Vital statistics of India. Vol. IV, Annual returns from 1871 to 1876. British Army of India, Native Army and jails of Bengal
Year: 1871
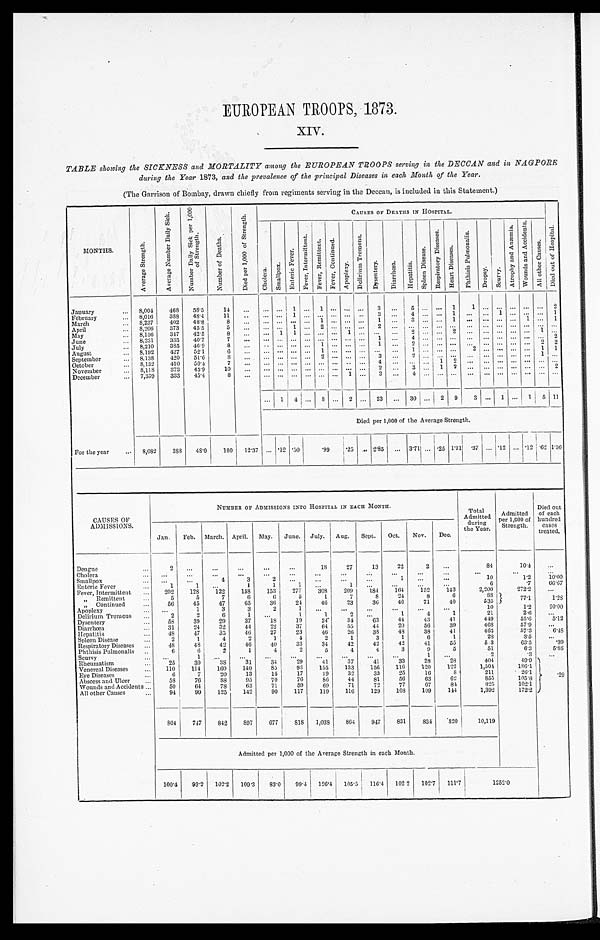
EUROPEAN TROOPS, 1873.
XIV.
TABLE showing the SICKNESS and MORTALITY among the EUROPEAN TROOPS serving in the DECCAN and in NAGPORE
during the Year 1873, and the prevalence of the principal Diseases in each Month of the Year.
(The Garrison of Bombay, drawn chiefly from regiments serving in the Deccan, is included in this Statement.)
M O N T H S .
A v e r a g e S t r e n g t h .
A v e r a g e N u m b e r D a i l y S i c k .
N u m b e r D a i l y S i c k p e r 1 , 0 0 0 o f S t r e n g t h .
N u m b e r o f D e a t h s .
D i e d p e r 1 , 0 0 0 o f S t r e n g t h .
C A U S E S O F D E A T H S I N H O S P I T A L .
C h o l e r a .
S m a l l p o x .
E n t e r i c F e v e r .
F e v e r , I n t e r m i t t e n t .
F e v e r , R e m i t t e n t .
F e v e r , C o n t i n u e d .
A p o p l e x y .
D e l i r i u m T r e m e n s .
D y s e n t e r y . D i a r r h œ a .
H e p a t i t i s .
S p l e e n Di s s e a s e .
R e s p i r a t o r y D i s e a s e s .
H e a r t D i s e a s e s .
P h t h i s i s P u l m o n a l i s .
D r o p s y .
S c u r v y .
A t r o p h y a n d A n æ m i a .
W o u n d s a n d A c c i d e n t s .
A l l o t h e r C a u s e s .
D i e d o u t o f H o s p i t a l .
January . . .
8,004
468
58.5
1 4
. . .
. . .
. . .
1
. . . 1
. . .
. . .
. . .
3
. . .
5 . . .
. . . 1 1
. . .
. . .
. . .
. . . . . .
2
February . . .
8,016
388
4 8 . 4
1 1
. . .
. . .
. . .
1
. . . . . .
. . .
. . .
. . .
3
. . .
4 . . .
. . . 1 . . .
. . .
1 . . .
. . . . . .
1
March . . .
8, 237
402
48.8
8
. . .
. . .
. . .
. . .
. . . 1
. . .
. . .
. . .
1
. . .
3 . . .
. . . 1 . . .
. . .
. . .
. . .
1 . . .
1
April . . .
8,206
373
45.5
5
. . .
. . .
. . .
1
. . . 2
. . .
. . .
. . .
2
. . .
. . .
. . .
. . . . . . . . .
. . .
. . .
. . .
. . . . . .
. . .
May . . .
8,156
347
42.5
8
. . .
. . .
1
1
. . . . . .
. . .
1
. . .
. . .
. . .
2 . . .
. . . 2 . . .
. . .
. . .
. . .
. . . 1
. . .
June . . .
8,231
335
40.7
7
. . .
. . .
. . .
. . .
. . . . . .
. . .
. . .
. . .
1
. . .
4 . . .
. . . . . .
. . .
. . .
. . . . . .
. . . . . . 2
July . . .
8,210
385
46.9
8
. . .
. . .
. . .
. . .
. . . 1
. . .
. . .
. . . 1
. . .
2 . . .
. . . . . .
. . .
. . .
. . .
. . .
. . . 2
2
August . . .
8, 192
427
52.1
6
. . .
. . .
. . .
. . .
. . . 1
. . .
. . .
. . .
. . .
. . .
1 . . .
. . . . . .
2
. . .
. . .
. . .
. . . 1
1
September . . .
8,138
420
51.6
8
. . .
. . .
. . .
. . .
. . . 2
. . .
. . .
. . . 3
. . . 2 . . .
. . . . . .
. . .
. . .
. . .
. . .
. . . 1
. . .
October . . .
8,132
410
50.4
7
. . .
. . .
. . .
. . .
. . . . . .
. . .
. . .
. . . 4
. . .
. . . . . .
1
2
. . .
. . .
. . .
. . .
. . . . . .
. . .
November . . .
8, 118
373
45.9
10
. . .
. . .
. . .
. . .
. . . . . .
. . .
. . .
. . .
2
. . .
3 . . .
1
2
. . .
. . .
. . .
. . .
. . . . . .
2
December . . .
7,339
333
45.4
8
. . .
. . .
. . .
. . .
. . . . . .
. . .
1
. . .
3
. . .
4 . . .
. . . . . .
. . .
. . .
. . .
. . .
. . .
. . .
. . .
. . .
1
4
. . . 8
. . .
2
. . . 23
. . .
30 . . .
2 9
3
. . . 1 . . .
1 5
1 1
Died per 1,000 of the Average Strength.
For the year
. . . 8,082
388
48.0
1 0 0
1 2 . 3 7
. . .
. 1 2
. 5 0
. 5 0
.99
. 25 . . .
2 . 8 5
. . . 3.71 . . . .25 1.11
. 3 7
. . .
. 12
. . .
. 1 2 .62
1 . 3 6
CAUSES OF ADMISSIONS.
NUMBER OF ADMISSIONS INTO HOSPITAL IN EACH MONTH.
To t a l Ad mi t t e d d u r i n g t h e Ye a r .
Admi t t ed per 1, 000 of St r engt h.
Di e d out of e a c h hundr e d c a s e s t r e a t e d.
Jan.
Feb. March. April. May.
June. July. Aug.
Sept.
Oct.
Nov.
Dec.
Dengue. . .
2
. . .
. . .
. . .
. . .
. . .
18
27
13
22
2
. . .
84
1 0 . 4
. . .
Cholera . . .
. . .
. . .
. . .
. . .
. . .
. . .
. . .
. . .
. . .
. . .
. . .
. . .
. . .
. . .
. . .
Smallpox . . .
. . .
. . .
4
3
2
. . .
. . .
. . .
. . .
1
. . .
. . .
1 0
1.2
10.00
E n t e r i c F e v e r . . .
1
1
. . .
1
1
1
. . .
1
. . .
. . .
. . .
. . .
6
.7
66.67
Fever, Intermittent . . .
202
128
122
158
153
277
308
209
184
164
152
143
2,200
272.2
. . .
" Remi ttent . . .
5
5
7
6
6
5
1
7
8
24
8
6
8 8
7 7 . 1
1 . 2 8
" C o n t i n u e d . . .
56
45
47
65
36
24
46
23
36
46
71
40
535
Apoplexy . . .
. . .
1
3
3
2
1
. . .
. . .
. . .
. . .
. . .
. . .
10
1 . 2
2 0 . 0 0
Delirium Tremens . . .
2
2
6
1
. . .
1
1
2
. . .
1
4
1
21
2.6
. . .
Dysentery . ..
5 8
39
29
37
18
19
2 4 .
34
63
44
43
41
449
55.6
5.12
Diarrhœa . . .
3 1
24
32
44
22
37
64
55
44
20
56
39
468
57.9
. . .
Hepatitis . . .
4 8
47
35
46
27
23
46
26
38
48
38
41
463
57.3
6.48
Spleen Disease . . .
2
1
4
2
1
4
2
1
3
1
6
1
28
3.5
. . .
Respiratory Diseases . . .
48
48
42
46
40
33
34
42
42
42
41
55
5<i l l egi bl e>3
63.5
.39
Phthisis Pulmonalis . . .
6
6
2
1
4
2
5
4
4
3
9
5
51
6.3
5.88
Scurvy . . .
. . .
1
. . .
. . .
. . .
. . .
. . .
. . .
. . .
. . .
1
. . .
2
.3
. . .
Rheumatism . . .
25
39
38
31
34
29
41
37
41
33
28
28
404
49.9
. 2 9
Venereal Diseases . . .
110
114
160
140
85
93
155
133
156
116
120
122
1,504
186.1
Eye Diseases . . .
6
7
20
13
15
17
19
32
33
2 5
16
8
211
26.1
Abscess and Ulcer . . .
58
76
8 8
95
70
76
8 6
44
81
56
63
62
855
105.8
Wounds and Accidents . . .
50
64
78
63
71
59
69
71
7 2
77
67
84
825
102.1
All other Causes . . .
9 4
99
125
142
90
117
119
116
129
108
109
144
1,392
172.2
804
747
842
897
677
8 1 8 1,038
864
9 4 7
831
834
820
10,119
Admitted per 1,000 of the Average Strength in each Month.
100.4
93.2
102.2
109.3
83.0
99.4
126.4 105.5
116.4
102 2
102.7
111.7
1252.0